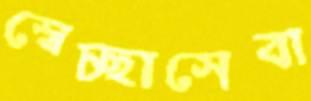
স্বেচ্ছাসেবা